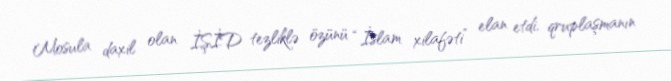
Mosula daxil olan İŞİD tezliklə özünü “İslam xilafəti” elan etdi, qruplaşmanın